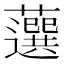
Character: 𧂍